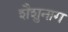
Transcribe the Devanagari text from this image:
शैशुनाग